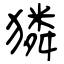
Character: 獜